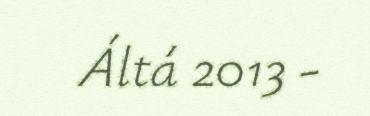
Áltá 2013 -